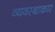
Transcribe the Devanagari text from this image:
व्यवस्थाकार